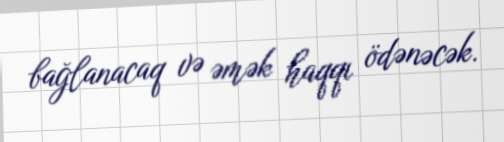
bağlanacaq və əmək haqqı ödənəcək.